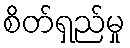
စိတ်ရှည်မှု